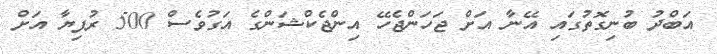
އަބްދު ބުނިގޮތުގައި އޭނާ އަށް ޖަހަންޖެހޭ އިންޖެކްޝަންގެ އަގުވެސް 500 ރުފިޔާ އަށް